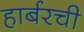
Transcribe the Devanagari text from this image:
हार्बरची